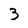
Character: 3